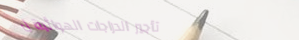
تأجير الدراجات الهوائية ل